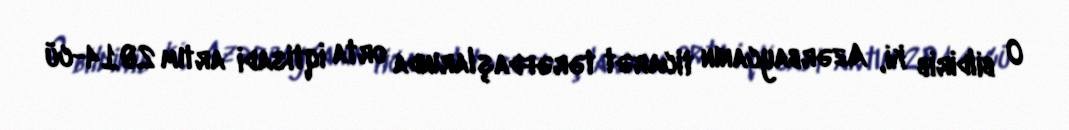
O bildirib ki, Azərbaycanın ticarət tərəfdaşlarında orta iqtisadi artım 2014-cü